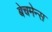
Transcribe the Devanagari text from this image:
बेचमेन्स